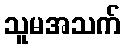
သူမအသက်